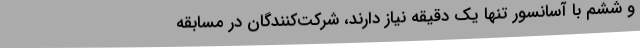
و ششم با آسانسور تنها یک دقیقه نیاز دارند، شرکت‌کنندگان در مسابقه